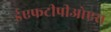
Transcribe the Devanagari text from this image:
ईएफटीपीओएस